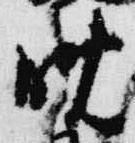
晩